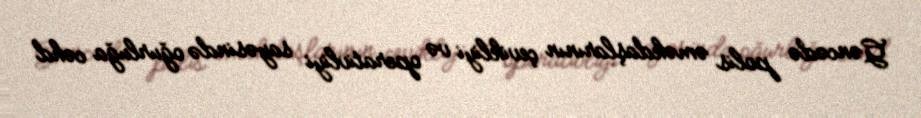
Gəncədə polis əməkdaşlarının çevikliyi və operativliyi sayəsində oğurluğa cəhd